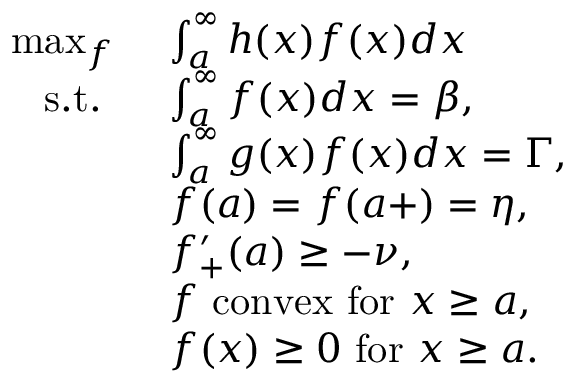
\begin{array} { r l } { \operatorname* { m a x } _ { f } \ } & { \int _ { a } ^ { \infty } h ( x ) f ( x ) d x } \\ { \mathrm { s . t . } \ \ } & { \int _ { a } ^ { \infty } f ( x ) d x = \beta , } \\ & { \int _ { a } ^ { \infty } g ( x ) f ( x ) d x = \Gamma , } \\ & { f ( a ) = f ( a + ) = \eta , } \\ & { f _ { + } ^ { \prime } ( a ) \geq - \nu , } \\ & { f \ \mathrm { c o n v e x ~ f o r ~ } x \geq a , } \\ & { f ( x ) \geq 0 \ \mathrm { f o r ~ } x \geq a . } \end{array}